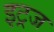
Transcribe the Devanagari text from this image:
इट्रज